Report on vaccination in the Province of Bengal - 1869-1873
Year: 1869
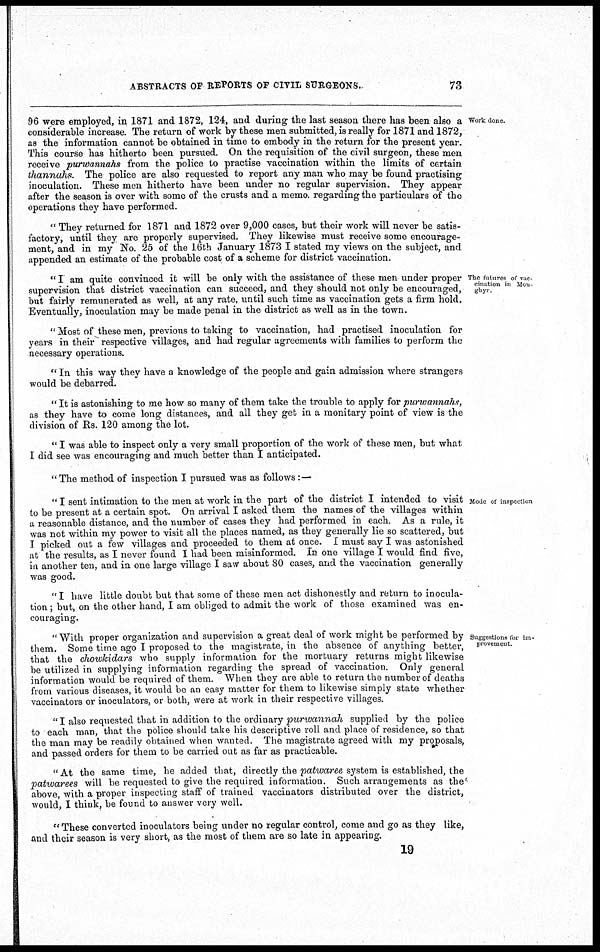
ABSTRACTS OF REPORTS OF CIVIL SURGEONS.
73
Work done.
96 were employed, in 1871 and 1872, 124, and during the last season there has been also a
considerable increase. The return of work by these men submitted, is really for 1871 and 1872,
as the information cannot be obtained in time to embody in the return for the present year.
This course has hitherto been pursued. On the requisition of the civil surgeon, these men
receive purwannahs from the police to practise vaccination within the limits of certain
thannahs.
The police are also requested to report any man who may be found practising
inoculation. These men hitherto have been under no regular supervision. They appear
after the season is over with some of the crusts and a memo regarding the particulars of the
operations they have performed.
" They returned for 1871 and 1872 over 9,000 cases, but their work will never be satis-
factory, until they are properly supervised. They likewise must receive some encourage-
ment, and in my No. 25 of the 16th January 1873 I stated my views on the subject, and
appended an estimate of the probable cost of a scheme for district vaccination.
The futures of vac¬
cination in Mon¬
ghyr.
" I am quite convinced it will be only with the assistance of these men under proper
supervision that district vaccination can succeed, and they should not only be encouraged,
but fairly remunerated as well, at any rate, until such time as vaccination gets a firm hold.
Eventually, inoculation may be made penal in the district as well as in the town.
" Most of these men, previous to taking to vaccination, had practised inoculation for
years in their respective villages, and had regular agreements with families to perform the
necessary operations.
" In this way they have a knowledge of the people and gain admission where strangers
would be debarred.
" It is astonishing to me how so many of them take the trouble to apply for purwannahs,
as they have to come long distances, and all they get in a monitary point of view is the
division of Rs. 120 among the lot.
" I was able to inspect only a very small proportion of the work of these men, but what
I did see was encouraging and much better than I anticipated.
"The method of inspection I pursued was as follows:—
Mode of inspection
" I sent intimation to the men at work in the part of the district I intended to visit
to be present at a certain spot. On arrival I asked them the names of the villages within
a reasonable distance, and the number of cases they had performed in each. As a rule, it
was not within my power to visit all the places named, as they generally lie so scattered, but
I picked out a few villages and proceeded to them at once. I must say I was astonished
at the results, as I never found I had been misinformed. In one village I would find five,
in another ten, and in one large village I saw about 80 cases, and the vaccination generally
was good.
" I have little doubt but that some of these men act dishonestly and return to inocula-
tion ; but, on the other hand, I am obliged to admit the work of those examined was en-
couraging.
Suggestions for im-
provement
"With proper organization and supervision a great deal of work might be performed by
them. Some time ago I proposed to the magistrate, in the absence of anything better,
that the chowkidars who supply information for the mortuary returns might likewise
be utilized in supplying information regarding the spread of vaccination. Only general
information would be required of them. When they are able to return the number of deaths
from various diseases, it would be an easy matter for them to likewise simply state whether
vaccinators or inoculators, or both, were at work in their respective villages.
"I also requested that in addition to the ordinary purwannah
supplied by the police
to each man, that the police should take his descriptive roll and place of residence, so that
the man may be readily obtained when wanted. The magistrate agreed with my proposals,
and passed orders for them to be carried out as far as practicable.
" At the same time, he added that, directly the patwaree system is established, the
patwarees will be requested to give the required information. Such arrangements as the
above, with a proper inspecting staff of trained vaccinators distributed over the district,
would, I think, be found to answer very well.
" These converted inoculators being under no regular control, come and go as they like,
and their season is very short, as the most of them are so late in appearing.
19